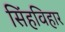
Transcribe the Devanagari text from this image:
सिंहविहार